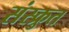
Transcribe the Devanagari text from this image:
संस्क्रुत